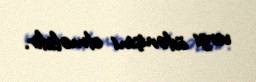
vergi ödənişini etməlidir.